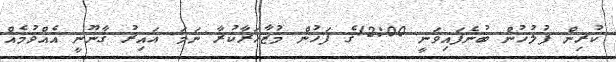
ކުރިން ފުލުހުން ބުނެފައިވަނީ 12:00ގެ ފަހުން މުޒާހަރާކުރާ ނަމަ ޣައިރު ޤާނޫނީ އެއްވުމެއް